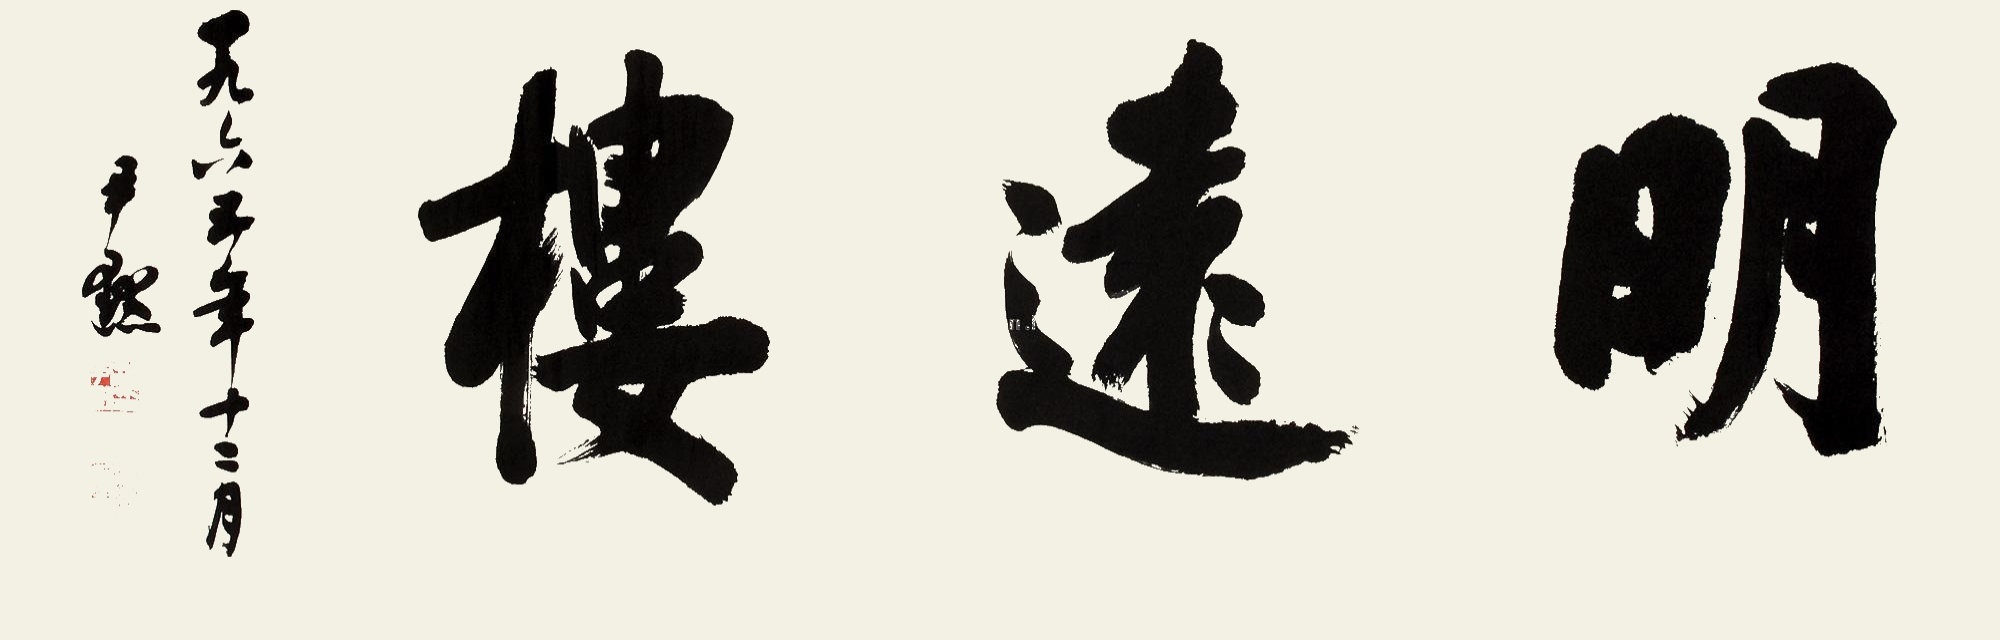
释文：明远楼。一九六五年十二月，尹默。